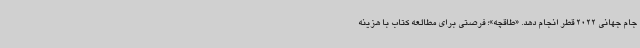
جام جهانی 2022 قطر انجام دهد. «طاقچه»؛ فرصتی برای مطالعه کتاب با هزینه